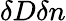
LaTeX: \delta D\delta n